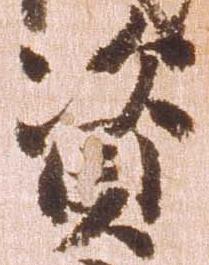
資